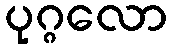
ပုဂ္ဂလော